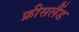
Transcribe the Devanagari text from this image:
फ्रीसलैंड